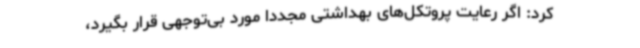
کرد: اگر رعایت پروتکل‌های بهداشتی مجددا مورد بی‌توجهی قرار بگیرد،